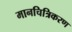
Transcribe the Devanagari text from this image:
मानचित्रिकरण